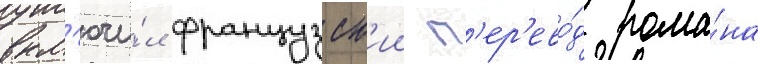
вкл'ючи́л французск'ии п'ер'ево́д рома́на